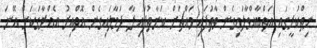
ނިތްކުރީގައި އަތްބާއްވާލައިގެން ވާތުފައި މައްޗަށް ކަނާތުފައި ލާ ދަމާލައިގެން އޮތްއިރު އެއްރާގަކަށް އޭނަ